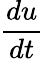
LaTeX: \frac{du}{dt}